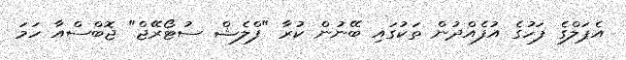
އެޕަލްގެ ފަހުގެ އުފެއްދުން ތަކުގައި ބޭނުން ކުރާ "ފްލެޝް ސުޓޯރޭޖް" ޖޮބްސްއާ ހަމަ